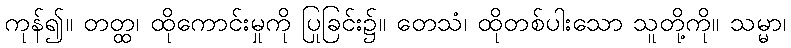
ကုန်၍။ တတ္ထ၊ ထိုကောင်းမှုကို ပြုခြင်း၌။ တေသံ၊ ထိုတစ်ပါးသော သူတို့ကို။ သမ္မာ၊